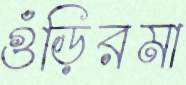
গুঁড়িরমা